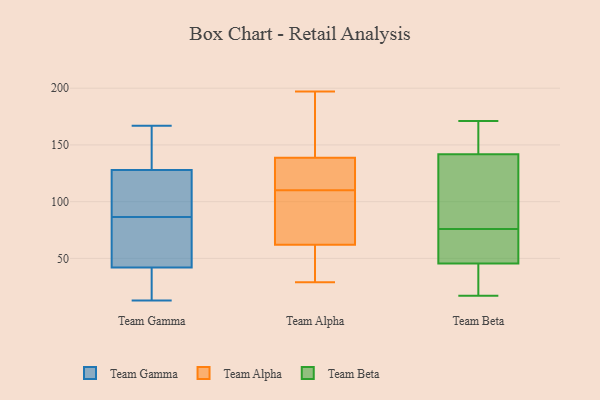
{"axis": {"x": "Customer Acquisition Cost (USD)", "y": "Value"}, "legend": ["Team Alpha", "Team Beta", "Team Gamma"], "data": [{"x": "", "y": 13, "type": "Team Gamma"}, {"x": "", "y": 148, "type": "Team Gamma"}, {"x": "", "y": 97, "type": "Team Gamma"}, {"x": "", "y": 16, "type": "Team Gamma"}, {"x": "", "y": 76, "type": "Team Gamma"}, {"x": "", "y": 100, "type": "Team Gamma"}, {"x": "", "y": 43, "type": "Team Gamma"}, {"x": "", "y": 128, "type": "Team Gamma"}, {"x": "", "y": 42, "type": "Team Gamma"}, {"x": "", "y": 167, "type": "Team Gamma"}, {"x": "", "y": 113, "type": "Team Alpha"}, {"x": "", "y": 53, "type": "Team Alpha"}, {"x": "", "y": 88, "type": "Team Alpha"}, {"x": "", "y": 124, "type": "Team Alpha"}, {"x": "", "y": 29, "type": "Team Alpha"}, {"x": "", "y": 126, "type": "Team Alpha"}, {"x": "", "y": 71, "type": "Team Alpha"}, {"x": "", "y": 65, "type": "Team Alpha"}, {"x": "", "y": 197, "type": "Team Alpha"}, {"x": "", "y": 177, "type": "Team Alpha"}, {"x": "", "y": 181, "type": "Team Alpha"}, {"x": "", "y": 110, "type": "Team Alpha"}, {"x": "", "y": 48, "type": "Team Alpha"}, {"x": "", "y": 146, "type": "Team Beta"}, {"x": "", "y": 152, "type": "Team Beta"}, {"x": "", "y": 44, "type": "Team Beta"}, {"x": "", "y": 107, "type": "Team Beta"}, {"x": "", "y": 144, "type": "Team Beta"}, {"x": "", "y": 171, "type": "Team Beta"}, {"x": "", "y": 50, "type": "Team Beta"}, {"x": "", "y": 135, "type": "Team Beta"}, {"x": "", "y": 133, "type": "Team Beta"}, {"x": "", "y": 76, "type": "Team Beta"}, {"x": "", "y": 17, "type": "Team Beta"}, {"x": "", "y": 51, "type": "Team Beta"}, {"x": "", "y": 20, "type": "Team Beta"}, {"x": "", "y": 75, "type": "Team Beta"}, {"x": "", "y": 32, "type": "Team Beta"}]}